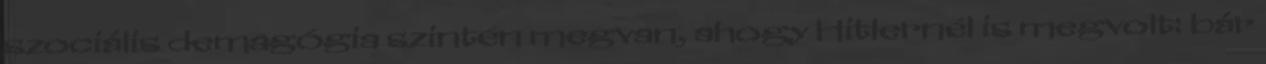
szociális demagógia szintén megvan, ahogy Hitlernél is megvolt: bár